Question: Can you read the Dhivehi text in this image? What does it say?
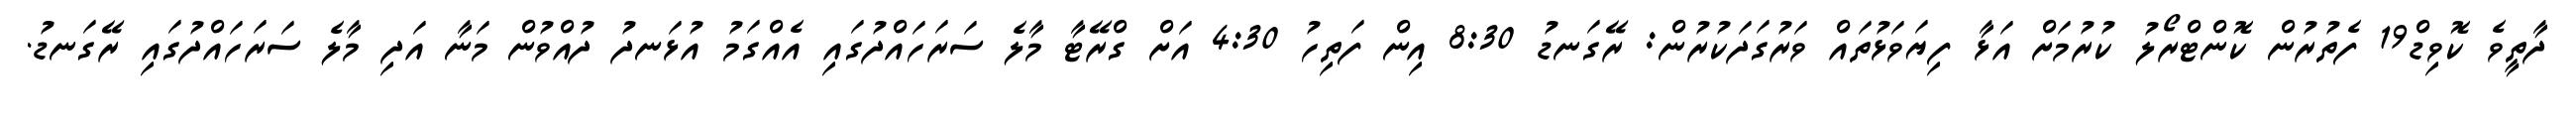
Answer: ދާތީވެ ކޮވިޑް19 ފެތުރުން ކޮންޓްރޯލު ކުރުމަށް އަޅާ ފިޔަވަޅުތައް ވަރުގަދަކުރުން: ރޭގަނޑު 8:30 އިން ފަތިހު 4:30 އަށް ގްރޭޓާ މާލެ ސަރަހައްދުގައި އެއްގަމު އުޅަނދު ދުއްވުން މަނާ އަދި މާލެ ސަރަހައްދުގައި ރޭގަނޑު.